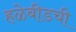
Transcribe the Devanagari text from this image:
हळेबीडची